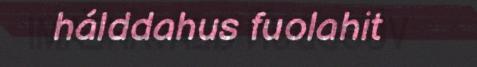
hálddahus fuolahit